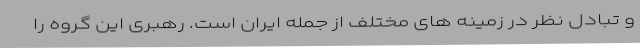
و تبادل نظر در زمینه های مختلف از جمله ایران است. رهبری این گروه را